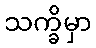
သက္ခိမှာ